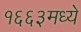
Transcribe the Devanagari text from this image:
१६६३मध्ये